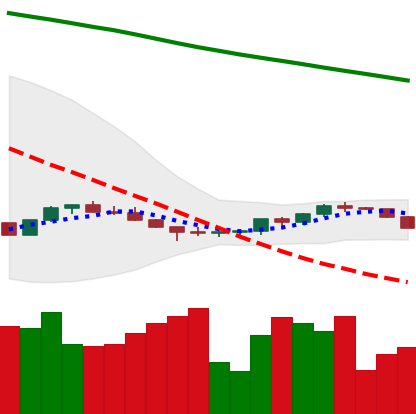
Ticker: ETH-USD
Chart end date: 2022-07-11
Forward return: 23.276%
Label: up_7plus